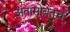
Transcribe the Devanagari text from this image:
अंतासोबतच